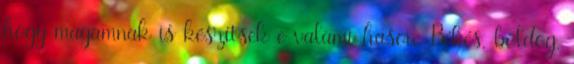
hogy magamnak is készítsek e valami hason. Békés, boldog,